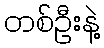
တစ်ဦးနဲ့